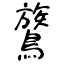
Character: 鷟